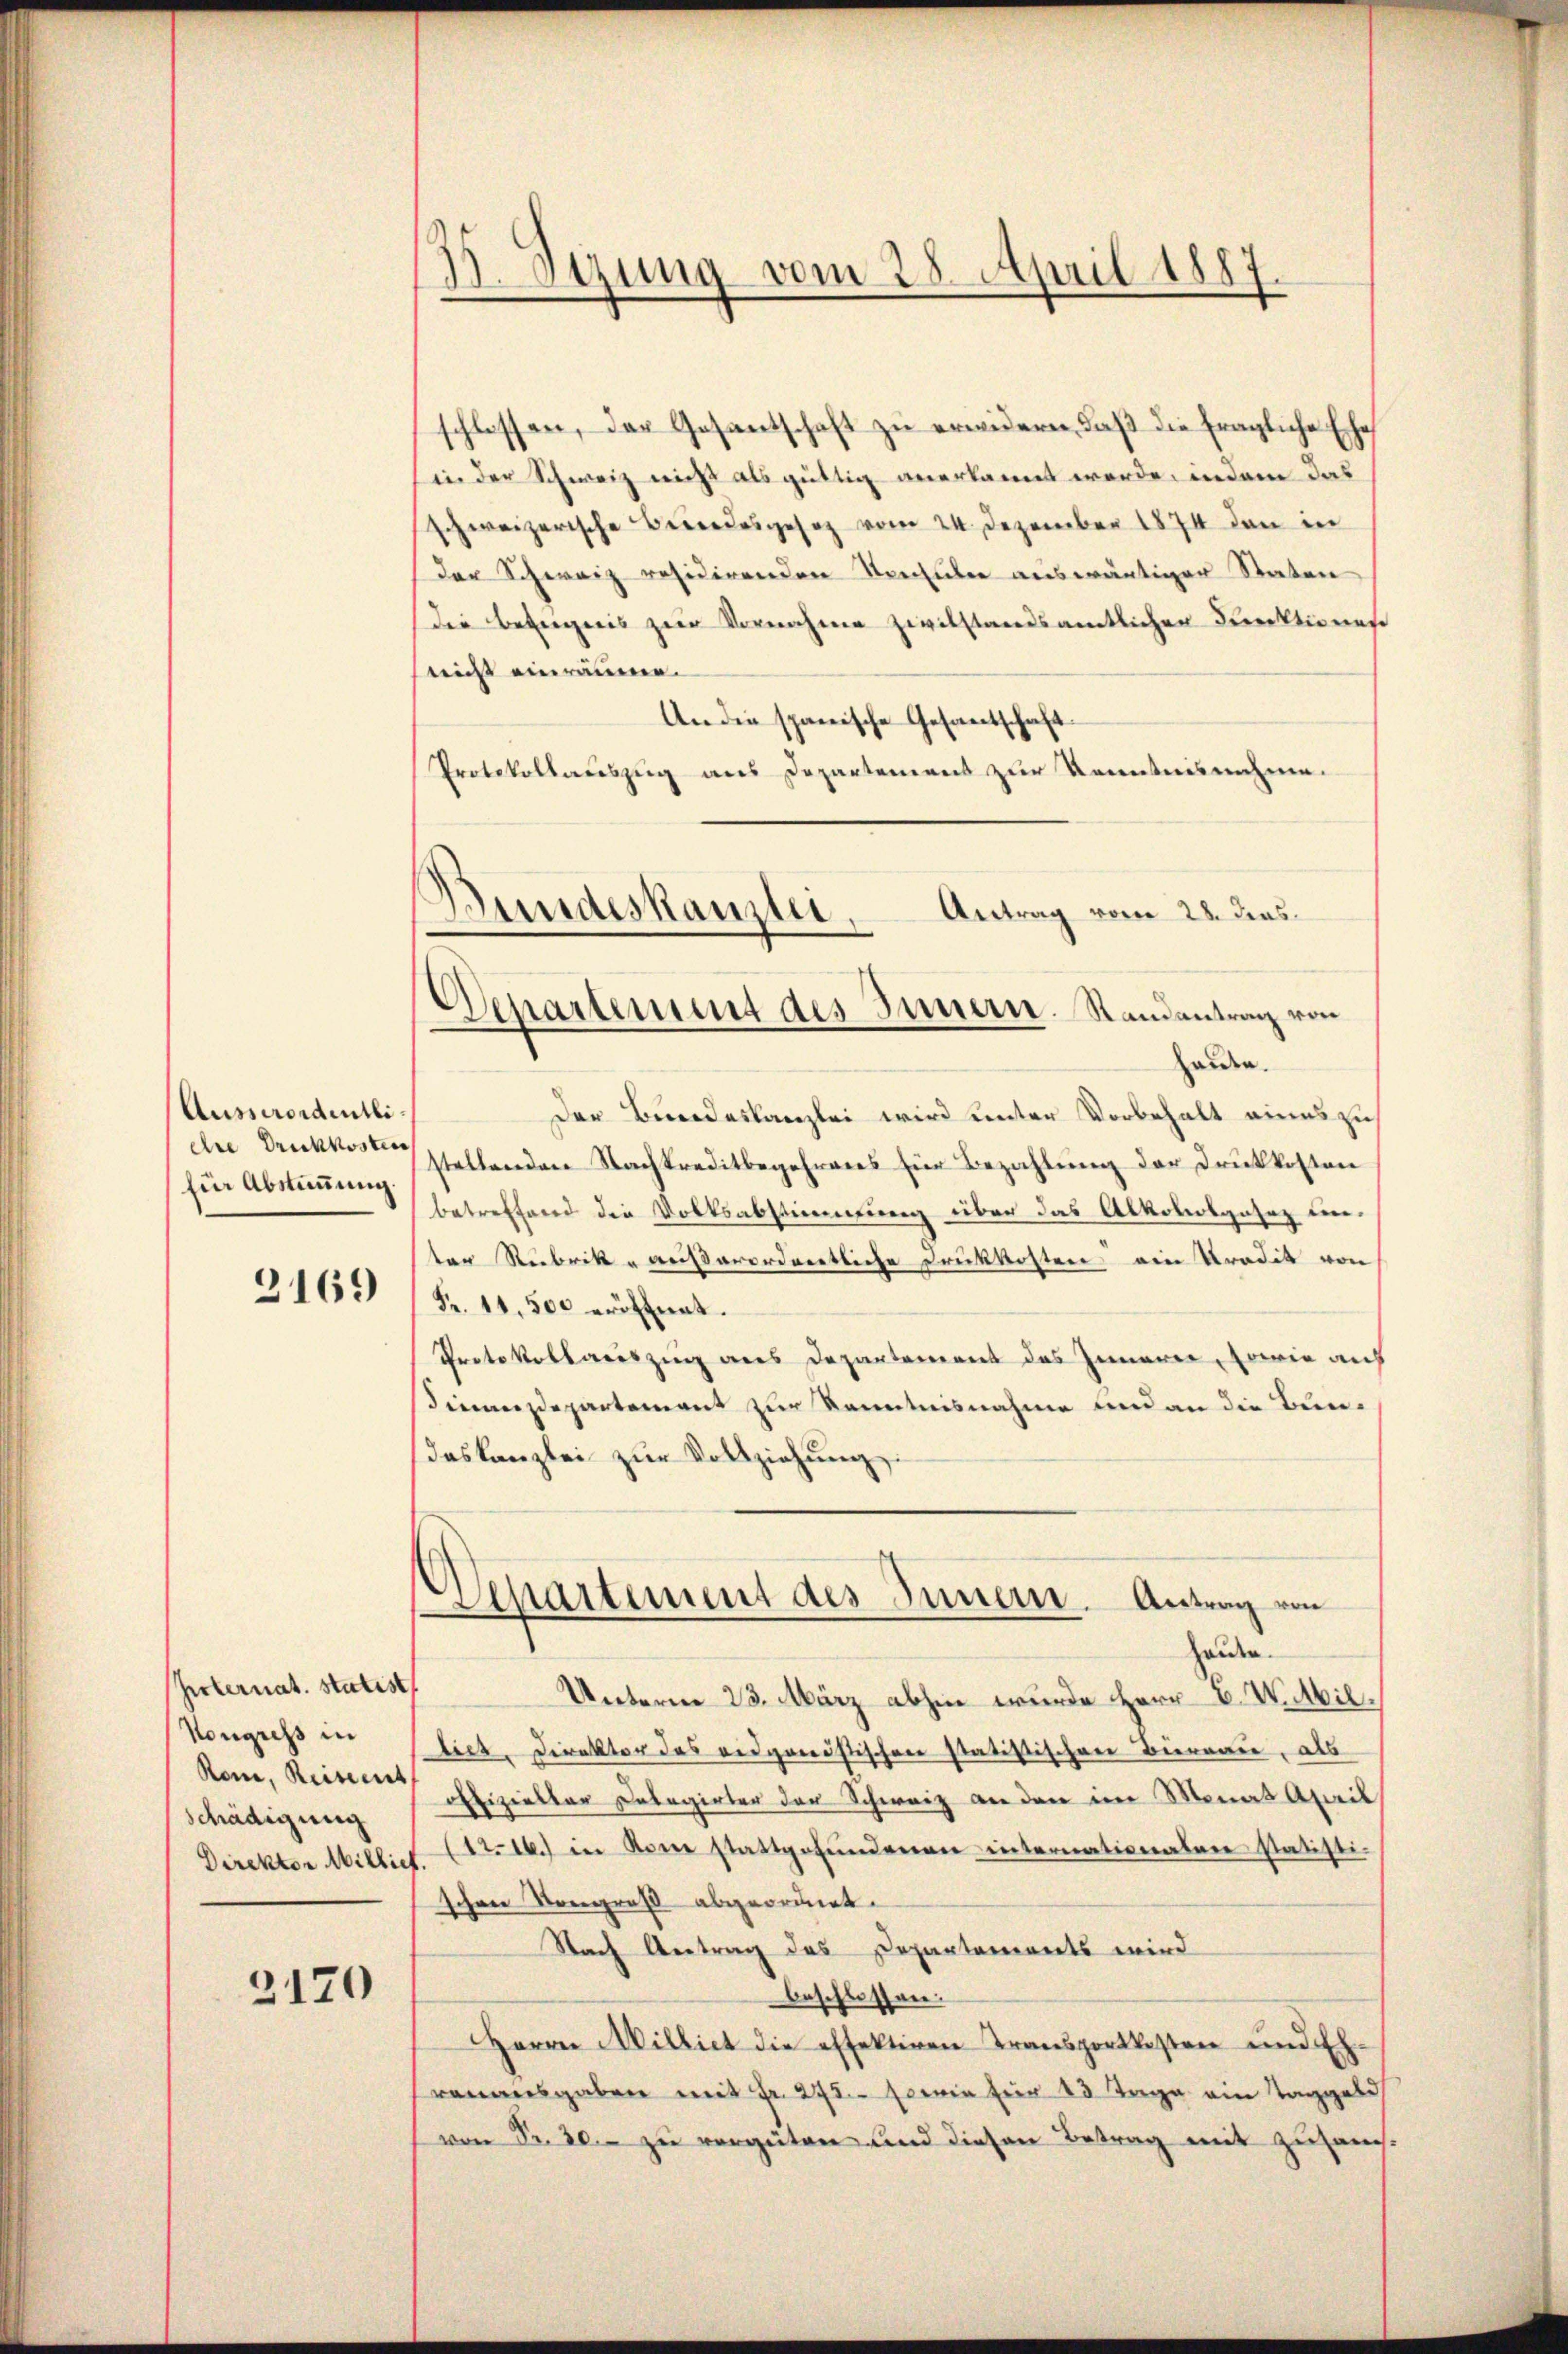
Ausserordentli
ehre Druckkosten
fin Abstimmung.

3169

Herternat. statist
Nougieß in
Rom, Reiseit
schädigung

2170

35. Sezung vom 28. April 1887.

Bundeskanzlei.
Antrag vom 28. das
Departement des Innern. Randantrag von
halden.

schlossen, der Gesantschaft zu erwidern, daß die fragliche Ehe
in der Schweiz nicht als güttig anerkannt werde, indem das
schweizerische Besondesgesez vom 24. Dezember 1874 den in
Der Schweiz residirenden Stenhuber auswärtiger Staten
die Besiegnis zur Vornahme zivilstandsamtlichen Direktionese
neicht einräumen.
An die spanische Gesantschaft
Protokollauszug aus Departement zur Kenntnisnahme.
Der Bundeskanzlei wird unter Vorbehalt eines zu
stellenden Nachkreditbegehrens für Bezahlung der Druckkosten
betreffend die Volksabstimmung über das Alkoholgasez unter Rubrik u reißerordentliche Druckkosten ein Predit von
Fr. 11,500 eröffnet.
Protokollaceszug aus Departement des Innerer, sowie auf
Finanzdepartement zur Kenntnisnahme und an die Bundeskanzlei zur Vollziehung
.
sartement des Innern. Antrag von
Heiden.
Unterm 23. März abhin wurde Herr C. Wittil
liet, Direktor des eidganistischen statistischen Biernau, als
offizieller Delegirter der Schweiz an den im Monat April
Direktor Millief (1t. 16. in Rom stattgefŭndenen internationalen statisti-
schene Kongruß abgeordnet.
Nach Vertrag des Departements wird
beschlossen.
Herrn Milliet die effektiven Transportkosten und Eh-
venausgaben mit Fr. 275. sowie für 20 Tage ein Taggeld
von Fr. 20. zu vergüten und diesen Betrag mit zusam¬